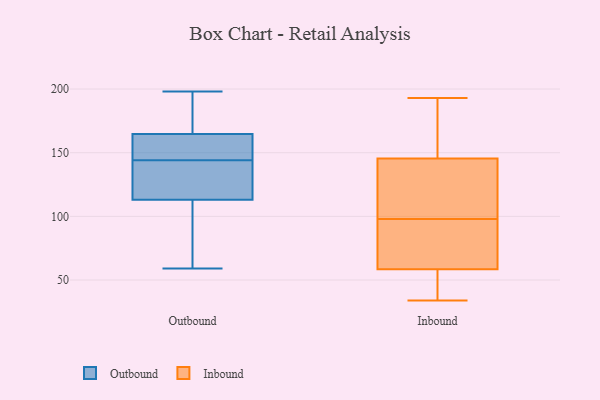
{"axis": {"x": "Budget (USD K)", "y": "Value"}, "legend": ["Inbound", "Outbound"], "data": [{"x": "", "y": 65, "type": "Outbound"}, {"x": "", "y": 144, "type": "Outbound"}, {"x": "", "y": 167, "type": "Outbound"}, {"x": "", "y": 89, "type": "Outbound"}, {"x": "", "y": 132, "type": "Outbound"}, {"x": "", "y": 148, "type": "Outbound"}, {"x": "", "y": 164, "type": "Outbound"}, {"x": "", "y": 121, "type": "Outbound"}, {"x": "", "y": 142, "type": "Outbound"}, {"x": "", "y": 130, "type": "Outbound"}, {"x": "", "y": 89, "type": "Outbound"}, {"x": "", "y": 59, "type": "Outbound"}, {"x": "", "y": 180, "type": "Outbound"}, {"x": "", "y": 187, "type": "Outbound"}, {"x": "", "y": 198, "type": "Outbound"}, {"x": "", "y": 147, "type": "Outbound"}, {"x": "", "y": 149, "type": "Outbound"}, {"x": "", "y": 63, "type": "Inbound"}, {"x": "", "y": 98, "type": "Inbound"}, {"x": "", "y": 57, "type": "Inbound"}, {"x": "", "y": 103, "type": "Inbound"}, {"x": "", "y": 108, "type": "Inbound"}, {"x": "", "y": 126, "type": "Inbound"}, {"x": "", "y": 154, "type": "Inbound"}, {"x": "", "y": 193, "type": "Inbound"}, {"x": "", "y": 81, "type": "Inbound"}, {"x": "", "y": 54, "type": "Inbound"}, {"x": "", "y": 110, "type": "Inbound"}, {"x": "", "y": 71, "type": "Inbound"}, {"x": "", "y": 54, "type": "Inbound"}, {"x": "", "y": 93, "type": "Inbound"}, {"x": "", "y": 185, "type": "Inbound"}, {"x": "", "y": 176, "type": "Inbound"}, {"x": "", "y": 34, "type": "Inbound"}, {"x": "", "y": 152, "type": "Inbound"}, {"x": "", "y": 57, "type": "Inbound"}]}